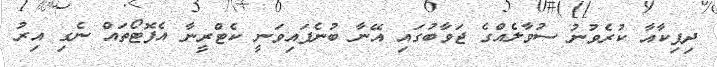
ދިޕިކާއާ ކުރެވުނު ސުވާލެއްގެ ޖަވާބުގައި އޭނާ ބުނެފައިވަނީ ކެޓްރީނާ އެފޮޓޯތައް ނެގި އިރު